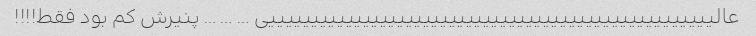
عالییییییییییییییییییییییییییییییییییییییییییییییییییییی … … … پنیرش کم بود فقط!!!!